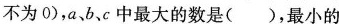
不为0)，a、b、c中最大的数是()，最小的